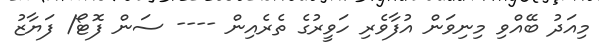
މިއަދު ބޭއްވި މިނިވަން އުފާވެރި ހަވީރުގެ ތެރެއިން ---- ސަން ފޮޓޯ/ ފަޔާޒު